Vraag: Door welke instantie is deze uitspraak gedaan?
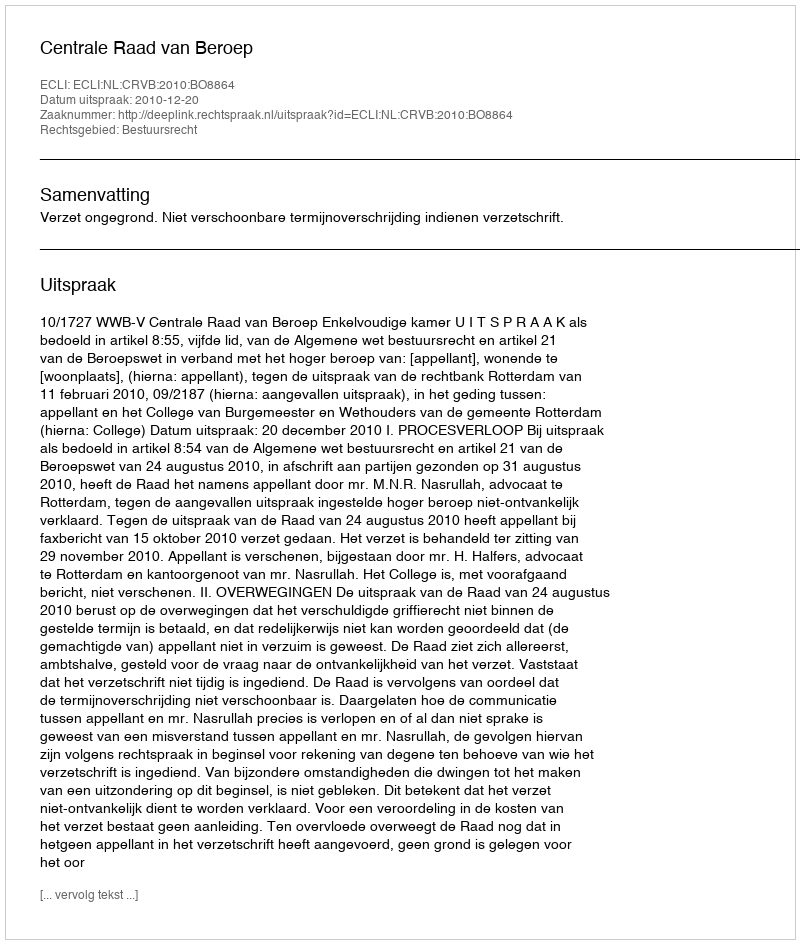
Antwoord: Centrale Raad van Beroep